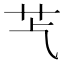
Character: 𦬈